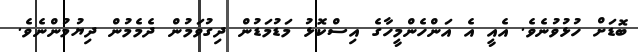
ބޮޑަށް ހުޅުވުނެވެ. އެއީ އެ އަންހެންމީހާގެ އިސްކޮޅު މަޑުމަޑުން ދިގުވަމުން ދެމެމުން ދިޔުމުންނެވެ.